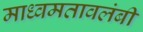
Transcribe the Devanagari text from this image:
माध्वमतावलंबी